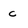
Character: c